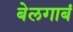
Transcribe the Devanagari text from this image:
बेलगाबं